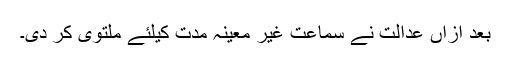
بعد ازاں عدالت نے سماعت غیر معینہ مدت کیلئے ملتوی کر دی۔